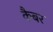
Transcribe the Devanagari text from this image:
कैबर